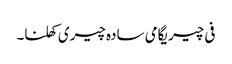
فی چیریگامی سادہ چیری کھلنا۔